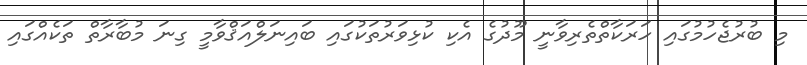
މި ބުރުޖެހުމުގައި ހަރަކާތްތެރިވާނީ މޫދުގެ އެކި ކުޅިވަރުތަކުގައި ބައިނަލްއަޤްވާމީ ގިނަ މުބާރާތް ތަކެއްގައި